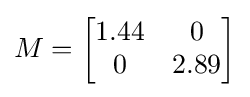
M={\begin{bmatrix}1.44&0\\0&2.89\end{bmatrix}}